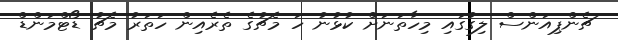
ޗެންޕިއަންސް ލިގުގައި މިހާތަނަށް ކުޅުނު ހަ މެޗުގެ ތެރެއިން ހަތަރު މެޗު ޑޯޓްމަންޑް